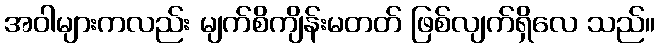
အဝါများကလည်း မျက်စိကျိန်းမတတ် ဖြစ်လျက်ရှိလေ သည်။